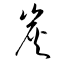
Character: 炭